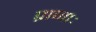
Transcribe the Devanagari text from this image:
प्राणाः